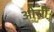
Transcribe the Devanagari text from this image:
ओसी